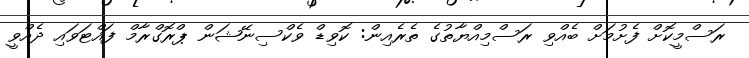
ރަސްމީކޮށް ފެށުމަށް ބެއްވި ރަސްމިއްޔާތުގެ ތެރެއިން: ކޮވިޑް ވެކްސިނޭޝަން ޕްރޮގްރާމް ފައްޓަވައި ދެއްވީ